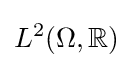
L^{2}(\Omega ,\mathbb {R} )